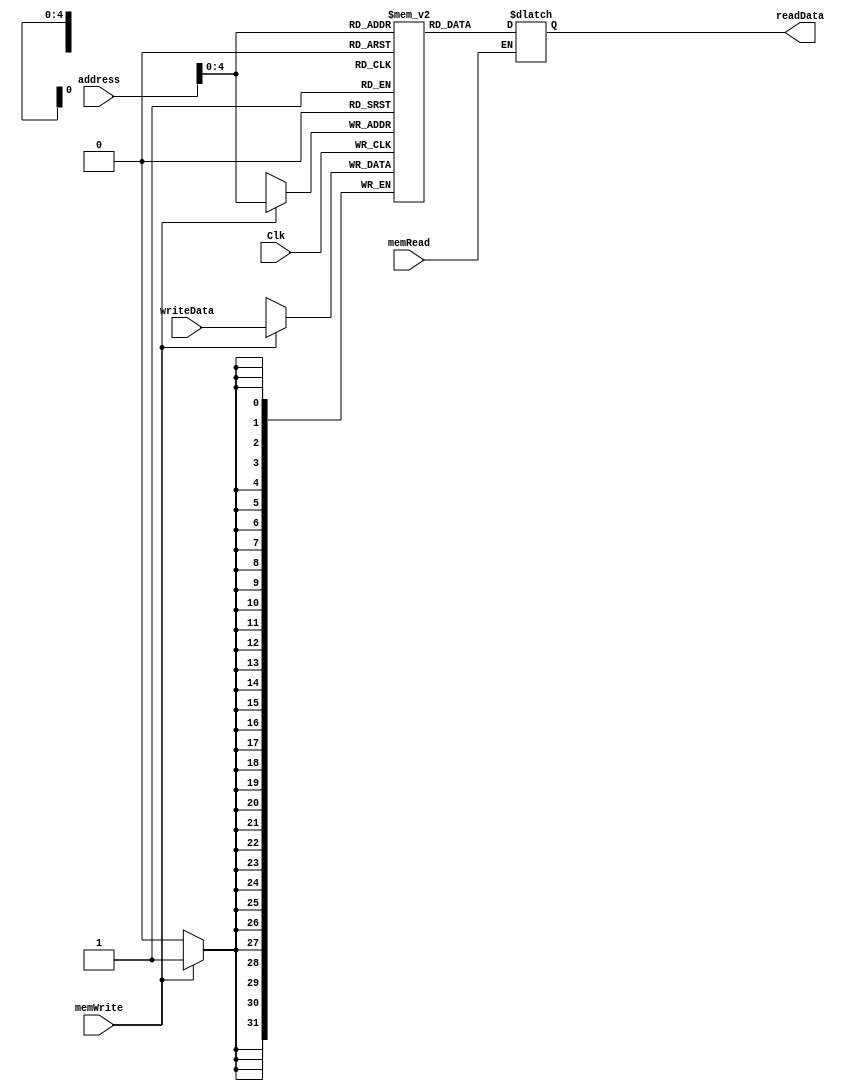
`timescale 1ns / 1ps
//////////////////////////////////////////////////////////////////////////////////
// Company: 
// Engineer: 
// 
// Design Name: 
// Module Name: dataMemory
// Project Name: 
// Target Devices: 
// Tool Versions: 
// Description: 
// 
// Dependencies: 
// 
// Revision:
// Revision 0.01 - File Created
// Additional Comments:
// 
//////////////////////////////////////////////////////////////////////////////////


module dataMemory(
    input Clk,
    input [31:0] address,
    input [31:0] writeData,
    input memWrite,
    input memRead,
    output [31:0] readData
    );
    
    reg [31:0] memFile[31:0];
    reg [31:0] ReadData;
    
    always @(address or memRead or memWrite or writeData)
        begin
        if(memRead) 
            ReadData = memFile[address];
        end
    always @ (negedge Clk)
        begin
            if(memWrite)
                memFile[address] = writeData;
        end
    
    assign readData = ReadData;
endmodule